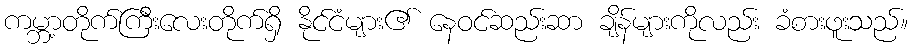
ကမ္ဘာ့တိုက်ကြီးလေးတိုက်ရှိ နိုင်ငံများ၏ နေဝင်ဆည်းဆာ ချိန်များကိုလည်း ခံစားဖူးသည်။